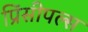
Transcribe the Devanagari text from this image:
प्रिंसीपल्स